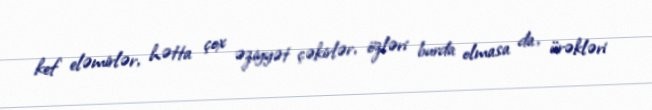
kef eləmirlər, hətta çox əziyyət çəkirlər, özləri burda olmasa da, ürəkləri